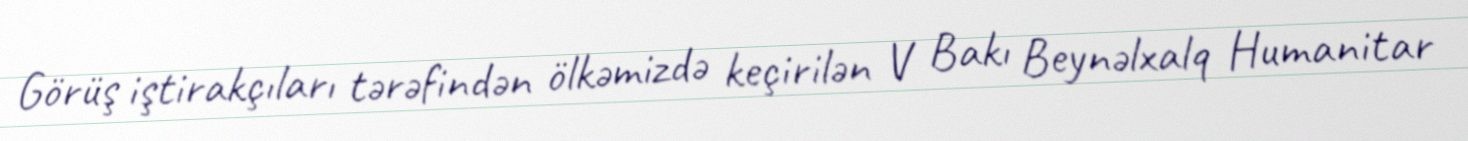
Görüş iştirakçıları tərəfindən ölkəmizdə keçirilən V Bakı Beynəlxalq Humanitar